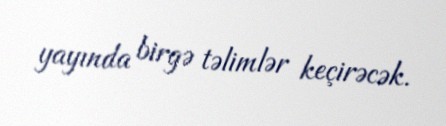
yayında birgə təlimlər keçirəcək.